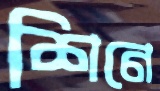
শিনে